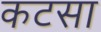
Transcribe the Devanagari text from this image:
कटसा